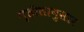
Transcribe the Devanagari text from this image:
गृहीतानुसार